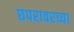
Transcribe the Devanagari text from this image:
छपरावरच्या